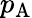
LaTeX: p_{\mathrm{{A}}}